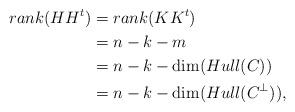
LaTeX: \begin{align*} rank(HH^t)&=rank(K{K}^t)\\ &=n-k-m\\ &=n-k-\dim(Hull(C))\\ &=n-k-\dim(Hull(C^{\bot })), \end{align*}